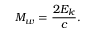
M _ { w } = { \frac { 2 E _ { k } } { c } } .